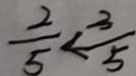
\frac { 2 } { 5 } < \frac { 3 } { 5 }